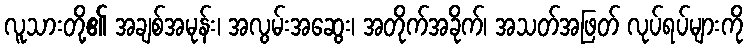
လူသားတို့၏ အချစ်အမုန်း၊ အလွမ်းအဆွေး၊ အတိုက်အခိုက်၊ အသတ်အဖြတ် လုပ်ရပ်များကို